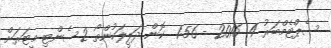
ސެޕްޓެމްބަރު 4